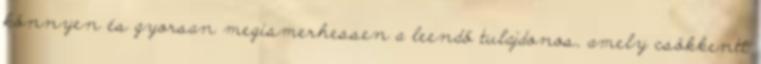
könnyen és gyorsan megismerhessen a leendő tulajdonos, amely csökkenti